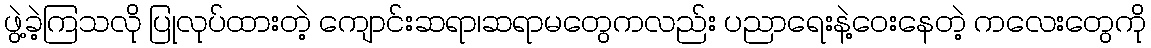
ဖွဲ့ခဲ့ကြသလို ပြုလုပ်ထားတဲ့ ကျောင်းဆရာ၊ဆရာမတွေကလည်း ပညာရေးနဲ့ဝေးနေတဲ့ ကလေးတွေကို